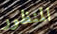
المنظور